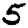
Digit: 5